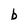
Character: b